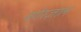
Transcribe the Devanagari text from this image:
बर्गरज़ाल